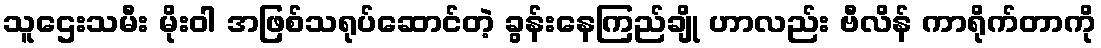
သူဌေးသမီး မိုးဝါ အဖြစ်သရုပ်ဆောင်တဲ့ ခွန်းနေကြည်ချို ဟာလည်း ဗီလိန် ကာရိုက်တာကို